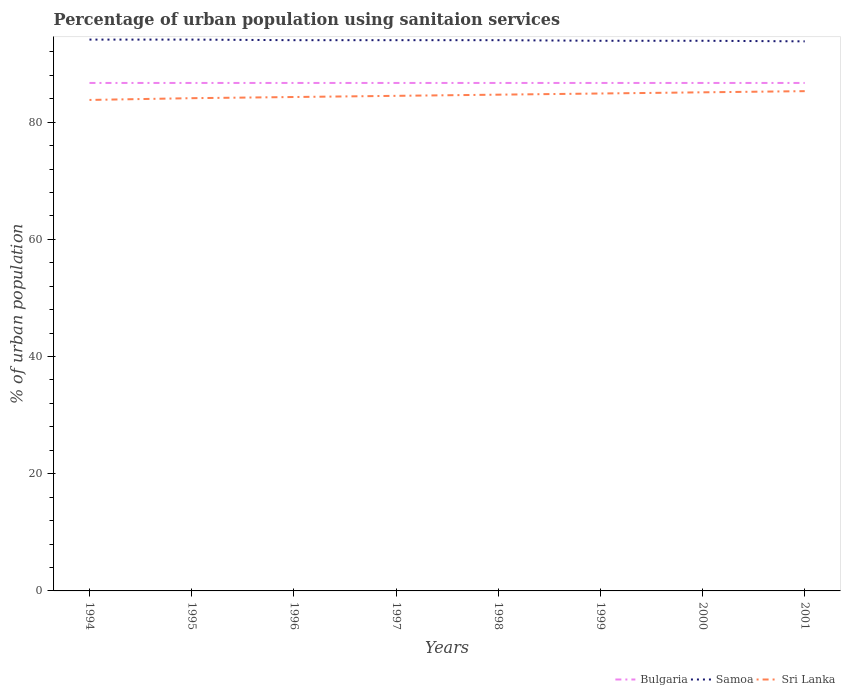
| Years | Bulgaria | Samoa | Sri Lanka |
 | --- | --- | --- | --- |
 | 1994 | 86.7 | 94.1 | 83.8 |
 | 1995 | 86.7 | 94.1 | 84.1 |
 | 1996 | 86.7 | 94 | 84.3 |
 | 1997 | 86.7 | 94 | 84.5 |
 | 1998 | 86.7 | 94 | 84.7 |
 | 1999 | 86.7 | 93.9 | 84.9 |
 | 2000 | 86.7 | 93.9 | 85.1 |
 | 2001 | 86.7 | 93.8 | 85.3 |